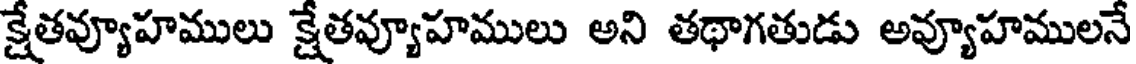
క్షేతవ్యూహములు క్షేతవ్యూహములు అని తథాగతుడు అవ్యూహములనే